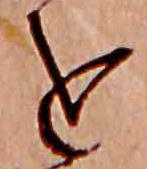
を